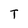
Character: T